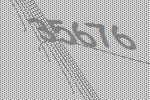
35676